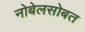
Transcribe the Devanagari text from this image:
नोबेलसोबत